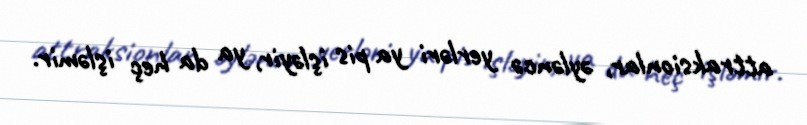
attraksionlar, əyləncə yerləri ya pis işləyir, ya da heç işləmir.